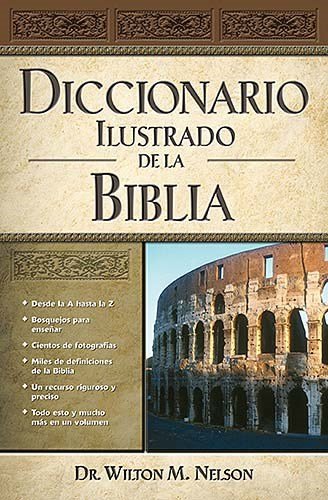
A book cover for Diccionario Ilustrado De La Biblia; Thomas Nelson; Christian Books & Bibles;